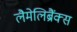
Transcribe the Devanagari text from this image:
लैमेलिब्रैंक्स